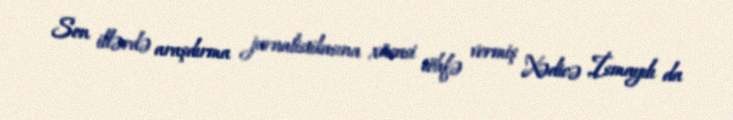
Son illərdə araşdırma jurnalistikasına xüsusi töhfə vermiş Xədicə İsmayılı da